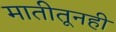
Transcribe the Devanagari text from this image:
मातीतूनही